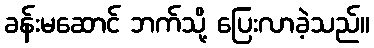
ခန်းမဆောင် ဘက်သို့ ပြေးလာခဲ့သည်။